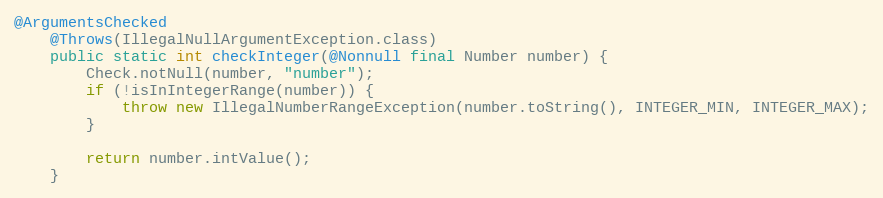
Language: Java
@ArgumentsChecked
	@Throws(IllegalNullArgumentException.class)
	public static int checkInteger(@Nonnull final Number number) {
		Check.notNull(number, "number");
		if (!isInIntegerRange(number)) {
			throw new IllegalNumberRangeException(number.toString(), INTEGER_MIN, INTEGER_MAX);
		}

		return number.intValue();
	}